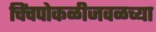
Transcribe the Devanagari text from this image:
चिंचपोकळीजवळच्या